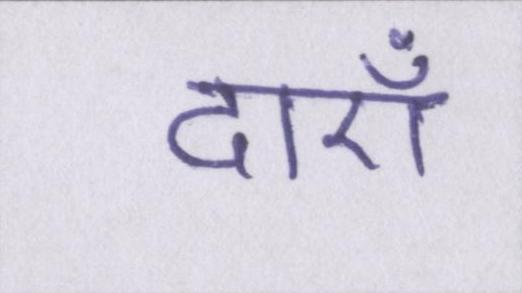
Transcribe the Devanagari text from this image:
दाएँ